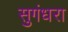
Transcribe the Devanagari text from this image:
सुगंधरा